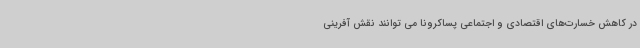
در کاهش خسارت‌های اقتصادی و اجتماعی پساکرونا می توانند نقش آفرینی